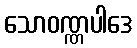
သောဝဏ္ဏပါဒေ